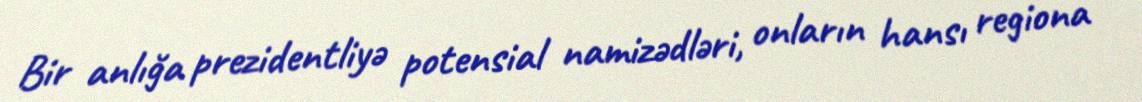
Bir anlığa prezidentliyə potensial namizədləri, onların hansı regiona